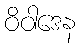
ဝိဝါဒေန